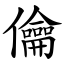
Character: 㒢